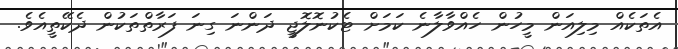
އެތަކެއް މިލިއަން މީހުން ހެއްވާލާނެ ކަމަށް ޓެކުނޮލޮޖީ ދަންނަ ގިނަ ފަރާތްތަކުން ދެކޭތީއެވެ.